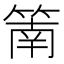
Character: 䈒